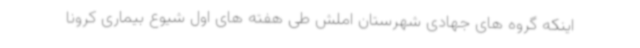
اینکه گروه های جهادی شهرستان املش طی هفته های اول شیوع بیماری کرونا